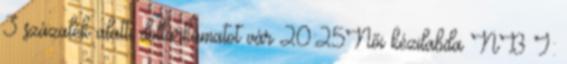
3 százalék alatti dollárkamatot vár 20:25Női kézilabda NB I: